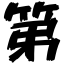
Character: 第